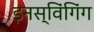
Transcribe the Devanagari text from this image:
इनस्विंगिंग